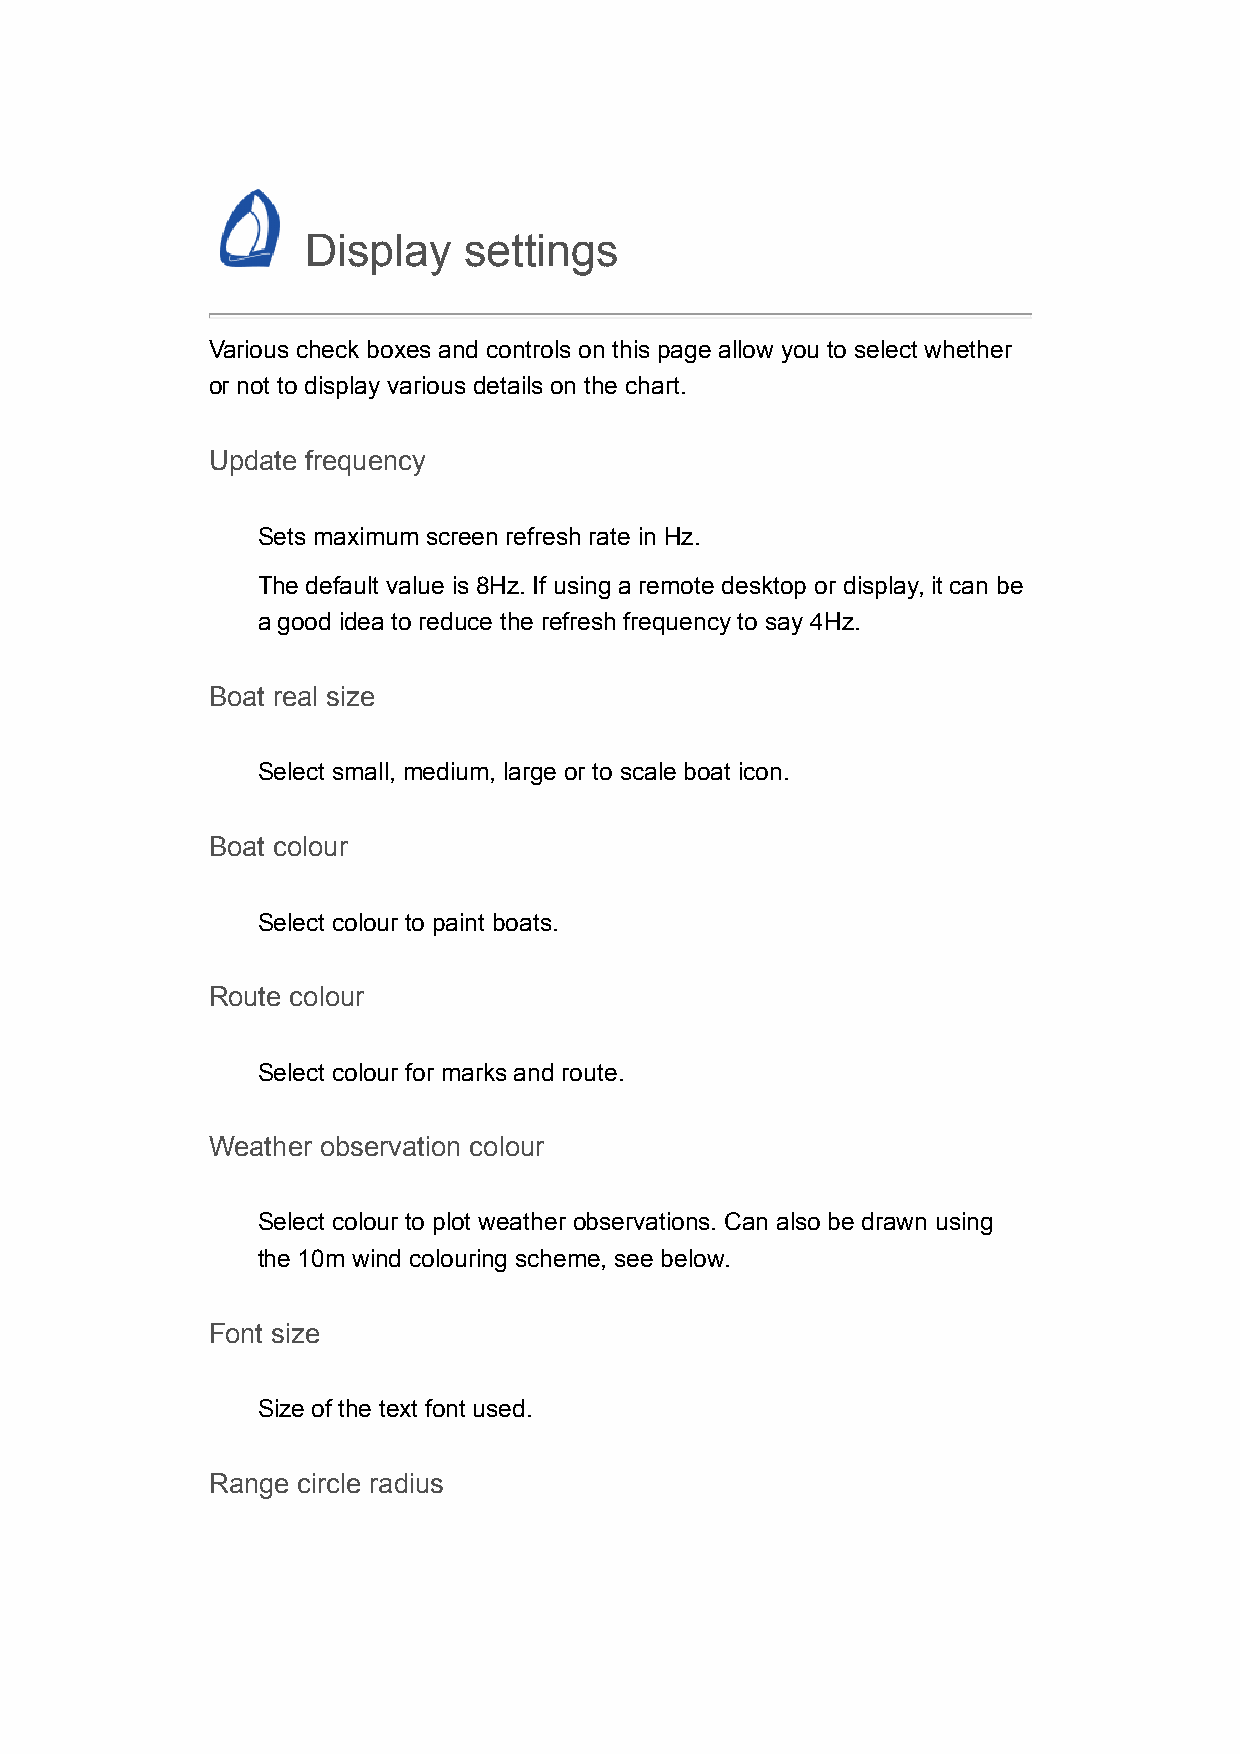
Display    settings
 Various check boxes and controls on this page allow you to select whether
 or not to display various details on the chart.
 Update frequency
 Sets maximum screen refresh rate in Hz.
 The default value is 8Hz. If using a remote desktop or display, it can be
 a good idea to reduce the refresh frequency to say 4Hz.
 Boat real size
 Select small, medium, large or to scale boat icon.
 Boat colour
 Select colour to paint boats.
 Route colour
 Select colour for marks and route.
 Weather observation colour
 Select colour to plot weather observations. Can also be drawn using
 the 10m wind colouring scheme, see below.
 Font size
 Size of the text font used.
 Range circle radius